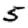
Digit: 5